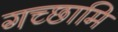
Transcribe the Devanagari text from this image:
गच्छामि